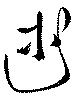
述